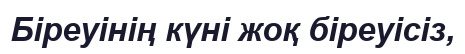
Біреуінің күні жоқ біреуісіз,